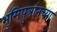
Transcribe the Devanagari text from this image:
भुमिपुत्रांनच्या